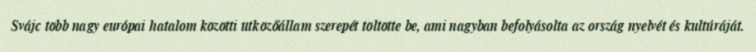
Svájc több nagy európai hatalom közötti ütközőállam szerepét töltötte be, ami nagyban befolyásolta az ország nyelvét és kultúráját.